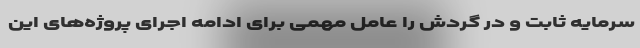
سرمایه ثابت و در گردش را عامل مهمی برای ادامه اجرای پروژه‌های این